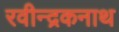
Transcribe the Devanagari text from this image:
रवीन्द्रकनाथ